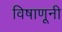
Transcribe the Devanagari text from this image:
विषाणूनी